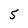
Character: 5